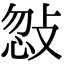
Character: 𢽨